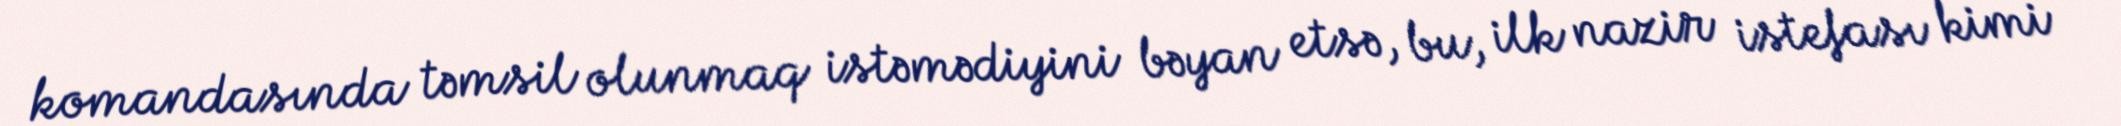
komandasında təmsil olunmaq istəmədiyini bəyan etsə, bu, ilk nazir istefası kimi